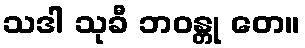
သဒါ သုခီ ဘဝန္တု တေ။